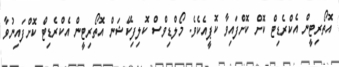
އޮތޯރިޓީން އެކްރެޑިޓް ކޮށް ކޮށްފައިވާ ކޮޕީއެކެވެ. މޯލްޑިވްސް ކޮލިފިކޭޝަން އޮތޯރިޓީން އެކްރެޑިޓް ކޮށްފައިނުވާ